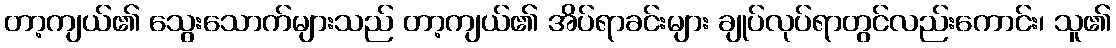
တာ့ကျယ်၏ သွေးသောက်များသည် တာ့ကျယ်၏ အိပ်ရာခင်းများ ချုပ်လုပ်ရာတွင်လည်းကောင်း၊ သူ၏